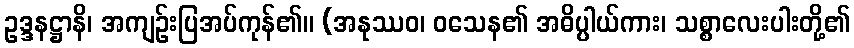
ဥဒ္ဒနဋ္ဌာနိ၊ အကျဉ်းပြအပ်ကုန်၏။ (အနုဿဝ၊ ဝသေန၏ အဓိပ္ပါယ်ကား၊ သစ္စာလေးပါးတို့၏